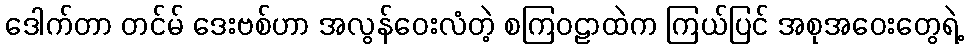
ဒေါက်တာ တင်မ် ဒေးဗစ်ဟာ အလွန်ဝေးလံတဲ့ စကြဝဠာထဲက ကြယ်ပြင် အစုအဝေးတွေရဲ့